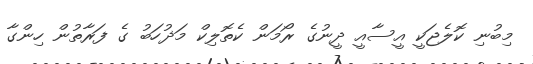
މިބުނި ކޮލެޖަކީ އީސާއީ ދީނުގެ ރޯމަން ކެތޮލިކް މަޛުހަބު ގެ ފަރާތުން ހިންގާ